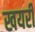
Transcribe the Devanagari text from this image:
खयरी